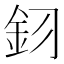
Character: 𮡦